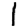
Digit: 1